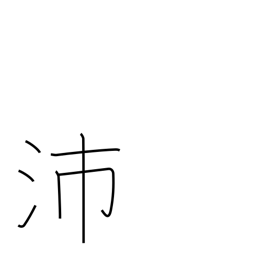
Meaning: big rain